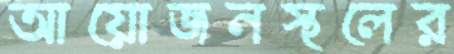
আয়োজনস্থলের